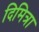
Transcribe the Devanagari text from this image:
दिमित्रा